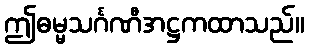
ဤဓမ္မသင်္ဂဏီအဋ္ဌကထာသည်။